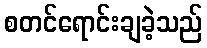
စတင်ရောင်းချခဲ့သည်